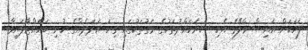
ފަހަކަށް އައިސް މާލޭގެ އެކި ސަރަހައްދުތަކުގެ މަގުތަކުގައި ގިނަ އަދަދެއްގެ ކުނި ބަހައްޓާފައިވާ